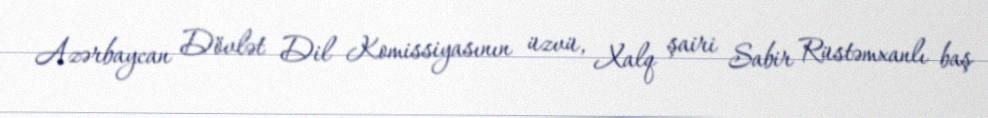
Azərbaycan Dövlət Dil Komissiyasının üzvü, Xalq şairi Sabir Rüstəmxanlı baş